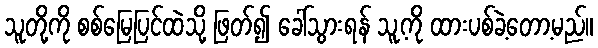
သူတို့ကို စစ်မြေပြင်ထဲသို့ ဖြတ်၍ ခေါ်သွားရန် သူ့ကို ထားပစ်ခဲ့တော့မည်။